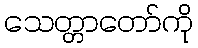
သေတ္တာတော်ကို